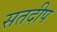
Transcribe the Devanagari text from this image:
सतदीप